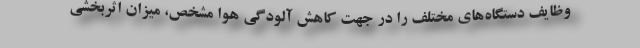
وظایف دستگاه‌های مختلف را در جهت کاهش آلودگی هوا مشخص، میزان اثربخشی